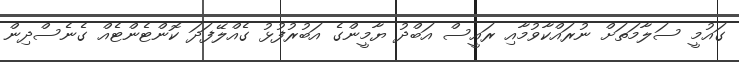
ގައުމީ ސަލާމަތަށް ނުރައްކާވުމާއި ރައީސް އަބްދު ޔާމީންގެ އަބުރުފުޅު ގެއްލޭފަދަ ކޮންޓެންޓެއް ގެނެސްދިން